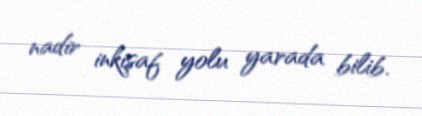
nadir inkişaf yolu yarada bilib.